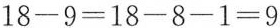
$$1 8 - 9 = 1 8 - 8 - 1 = 9$$